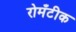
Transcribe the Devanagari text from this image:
रोमँटीक